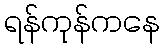
ရန်ကုန်ကနေ